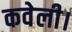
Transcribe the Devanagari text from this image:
कवेली।